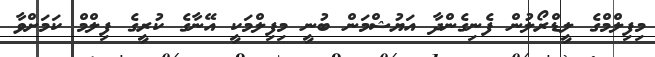
މިފިލްމްގެ ލީޑްރޯލުން ފެނިގެންދާ އަޔުޝްމަން ބުނީ މިފިލްމަކީ އޭނާގެ ކުރީގެ ފިލްމް ކަމަށްވާ